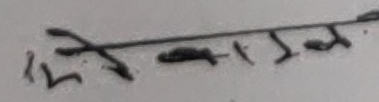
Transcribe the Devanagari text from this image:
मिसडा-पन.